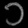
Digit: ၁